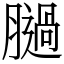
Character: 膼